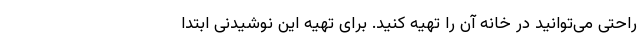
راحتی می‌توانید در خانه آن را تهیه کنید. برای تهیه این نوشیدنی ابتدا